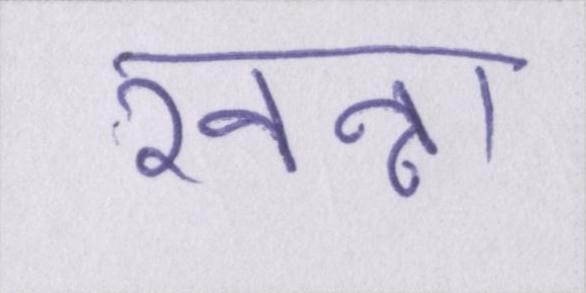
खन्ना